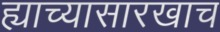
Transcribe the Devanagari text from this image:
ह्याच्यासारखाच